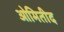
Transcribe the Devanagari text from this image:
ओमितीद